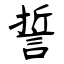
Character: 誓